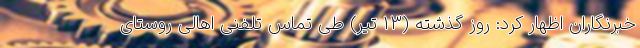
خبرنگاران اظهار کرد: روز گذشته (۱۳ تیر) طی تماس تلفنی اهالی روستای